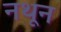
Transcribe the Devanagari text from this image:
नथून